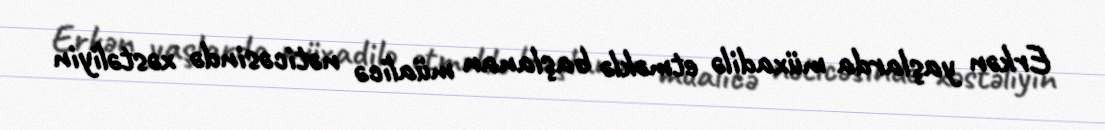
Erkən yaşlarda müxadilə etməklə başlanan müalicə nəticəsində xəstəliyin